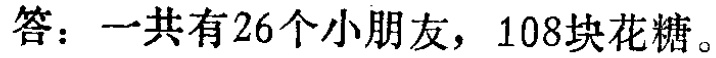
答：一共有26个小朋友，108块花糖。